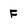
Character: F